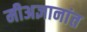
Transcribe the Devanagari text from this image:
मीअज्ञानांत